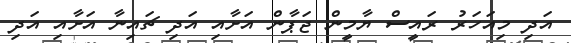
އަދި މިއަހަރު ރައީސް ޔާމީން ޖަޕާން އަށާއި އަދި ޗައިނާ އަށާއި އަދި